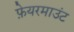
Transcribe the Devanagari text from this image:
फ़ेयरमाउंट